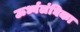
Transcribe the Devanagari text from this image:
ऊर्ध्वलंघिका